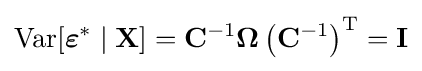
\operatorname {Var} [{\boldsymbol {\varepsilon }}^{*}\mid \mathbf {X} ]=\mathbf {C} ^{-1}\mathbf {\Omega } \left(\mathbf {C} ^{-1}\right)^{\mathrm {T} }=\mathbf {I}